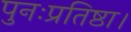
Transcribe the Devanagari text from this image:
पुनःप्रतिष्ठा।